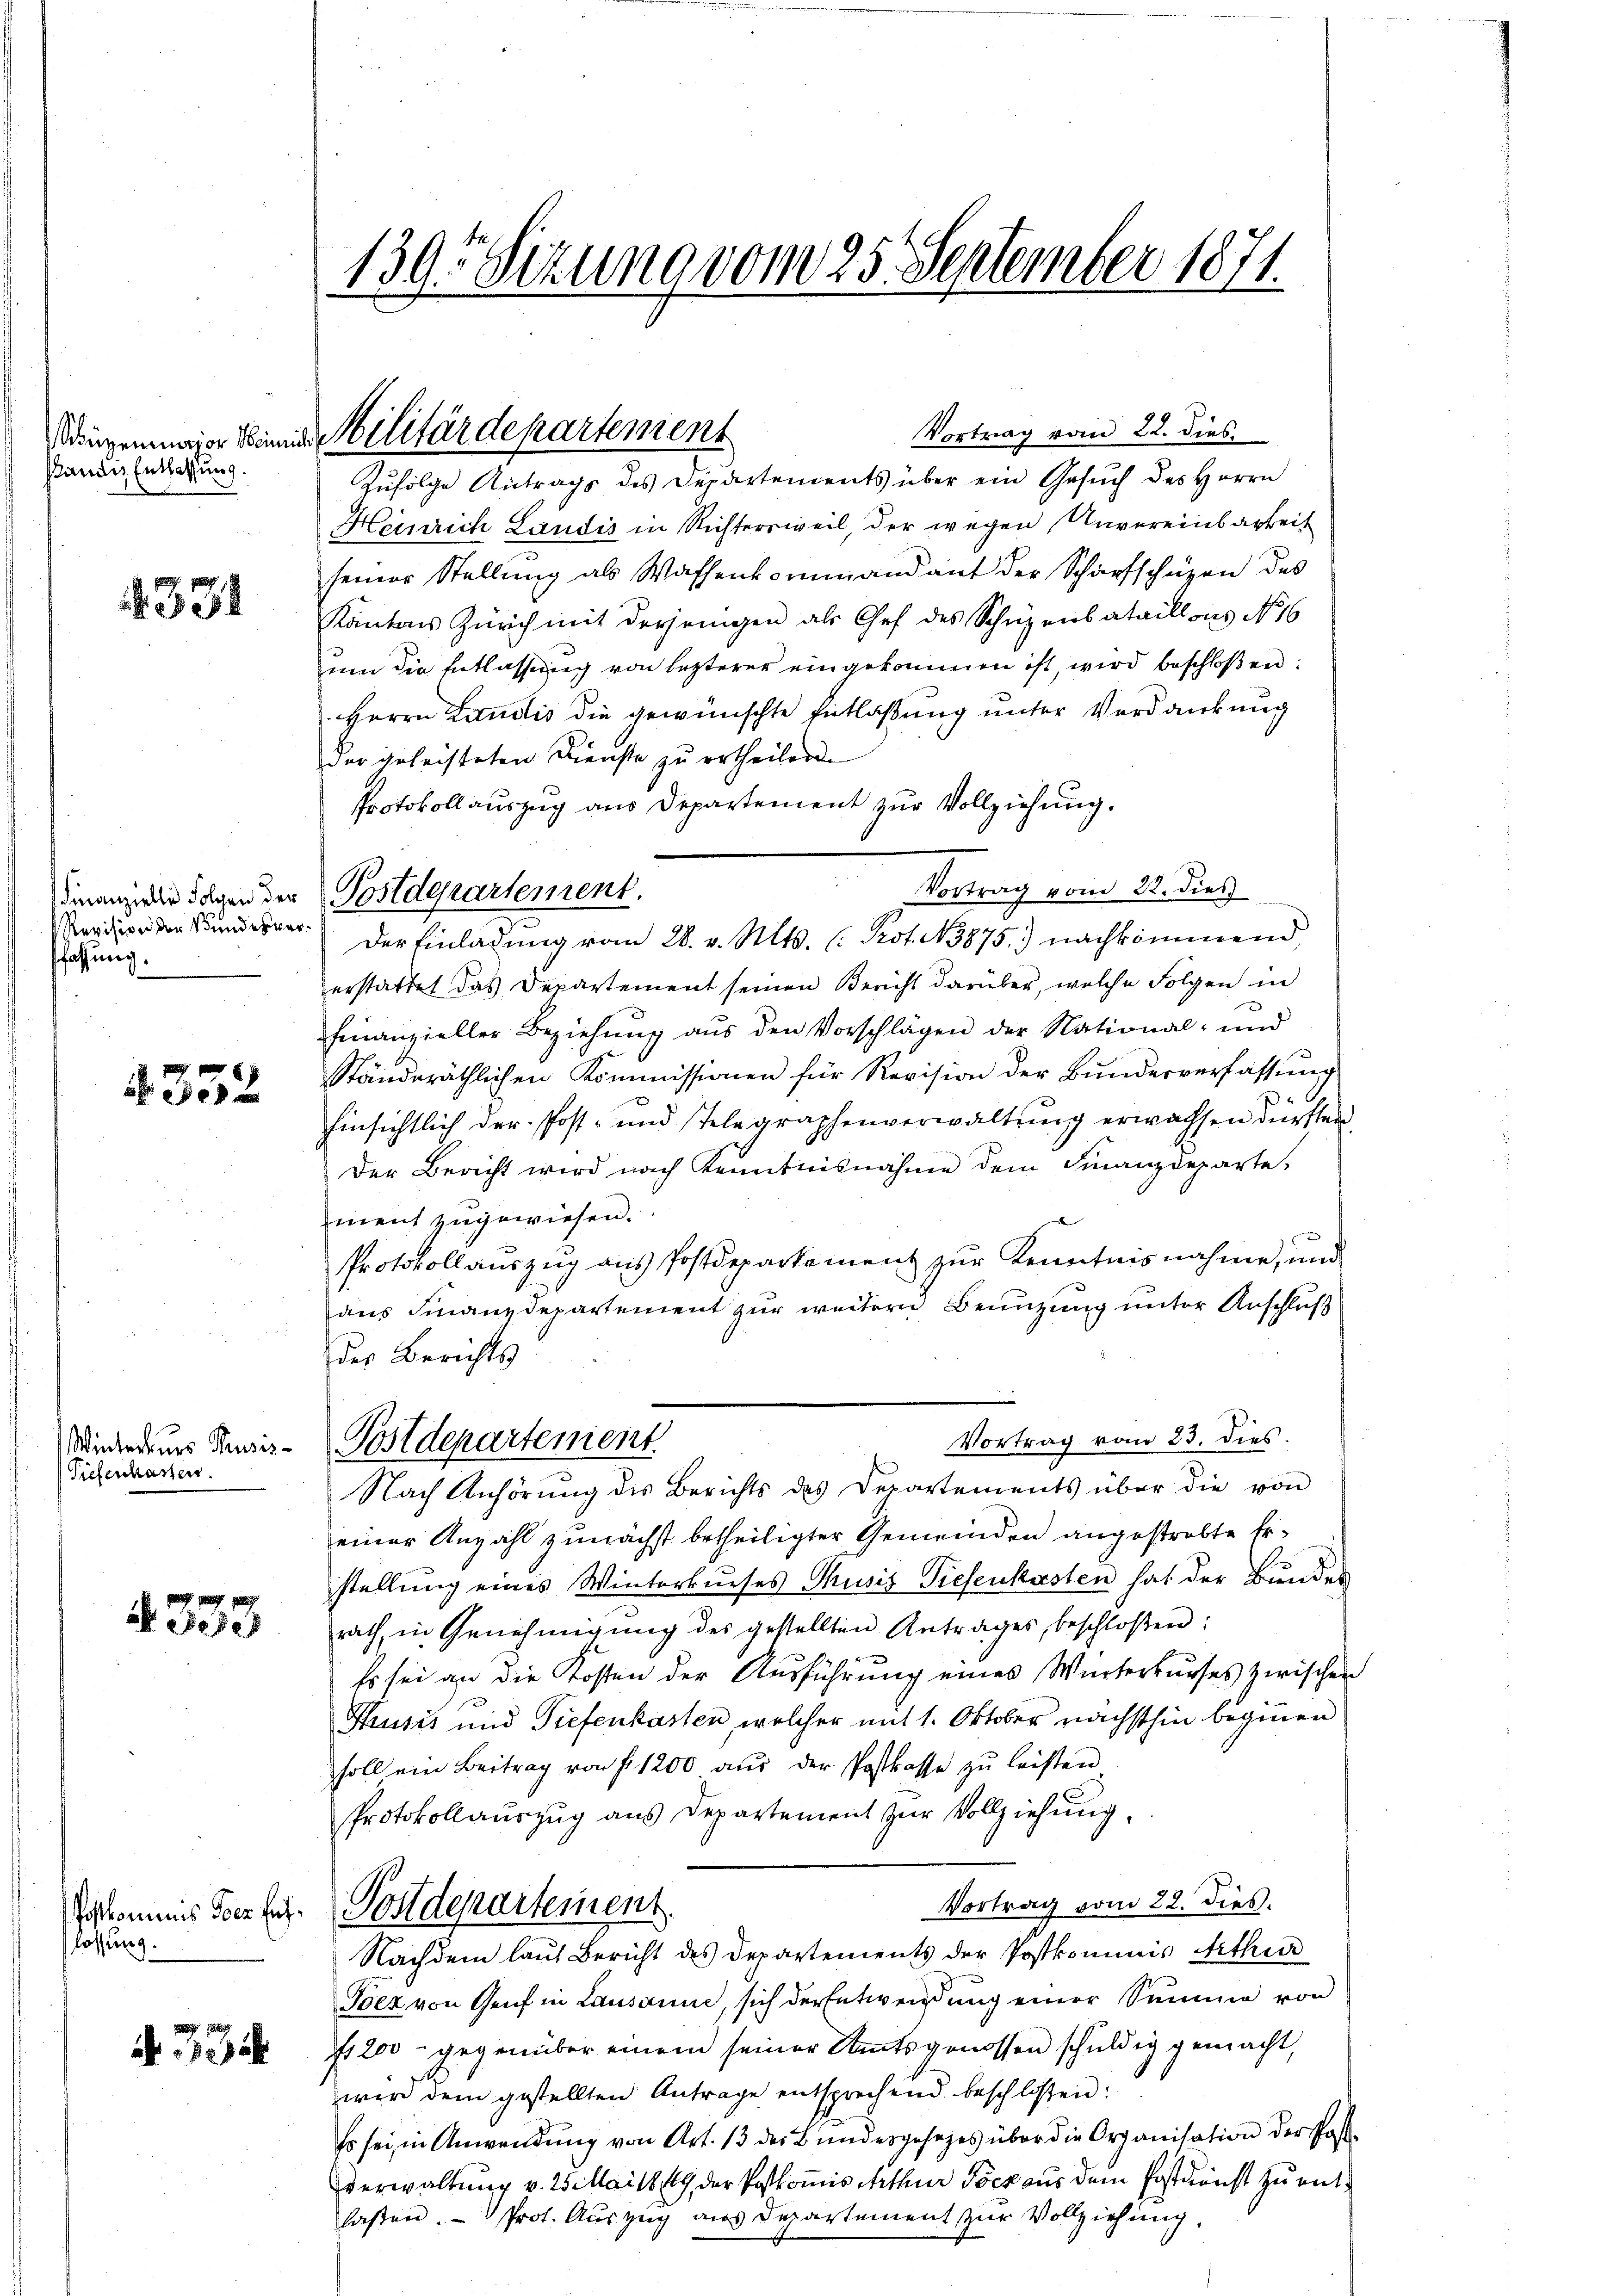
standes Entlassung.

4331

Revision der Bundesver¬
Pfaffung.

4352

Winterkurs Pusis-
Tiefenkasser.

4333

Poskominus der fühlassung.

N. 335

139. Sizung vom 25. September 1871.

Kriegenwagen Sinnes Militärdepartement

Vertrag vom 22. dies
Zufolge Antrags des Departements über ein Gesuch des Herrn
Heinrich Landis in Richtersweil, der wegen Unvereinbarkeit
seiner Stellung als Waffenkommandant der Scharfschüzen des
Kantons Zürich mit derjenigen als Chef des Schüzenbataillons No 16
um die Entlassung von lezterer eingekommen ist, wird beschloßen:
Herrn Landis die gewünschte Entlaßung unter Verdankung
der geleisteten Dienste zu ertheilende
Protokollauszug aus Departement zur Vollziehung.
Vortrag vom 22. dies
Der Einladŭng vom 28. v. Mts. (: Prot. 3875) nachkommend
zerstattet das Departement seinen Bericht darüber, welche Folgen in
2
Finanzieller Beziehung aus den Vorschlägen der National- und
Ständeräthlichen Kommissionen für Revision der Bundesverfassung
Einsichtlich der Post- und Telegraphenverwaltung erwachsen dürften,
Der Bericht wird nach Kenntnisnahme dem Finanzdeparte,
ment zugewiesen.
Protokoll aŭszŭg ans Postdepackement zŭr Kenntnisnahme, und
aus Finanzdepartement zur weitern Benuzung unter Anschluß
der Berichts
Vortrag vom 23. dies.
Postdepartement
Nach Anhörŭng des Berichts des Departements über die von
einer Anzahl zunächst betheiligter Gemeinden angestrebte Erstellung eines Winterkurses Thusis Tiesenkasten hat der Bundes
rath, in Genehmigung des gestellten Antrages, beschloßen:
Es sei an die Kosten der Ausführung eines Winterkurses zwischen
Thusis und Tiefenkasten, welcher mit 1. Oktober nächsthin beginnen
soll ein Beitrag von f. 1200 aŭs der Postkasse zu leisten
Protokollauszug aus Departement zur Vollziehung,
Vortrag vom 22. dies.
Postdepartemen
Nachdem laut Bericht des Departements der Postkommnis Arthur
Toez von Genf in Lausanne, sich der Entwendung einer Summe von
f 200 gegenüber einem seiner Amtsgenossen schuldig gemacht,
wer dem gestellten Antrage entsprechend beschlossen:
Es sei, in Anwendŭng von Art. 13 der Bundesgesezes über die Organisation der Past
verwaltung v. 25 Mai 1849 der Postkomis Arthur Pock aus dem Erstdienst zu mit
lassen. — Prot. Auszeig aus Departement zur Vollziehung.

Finanze die Tagen der Postdepartement.